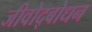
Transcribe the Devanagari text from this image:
जीवोद्बोधन